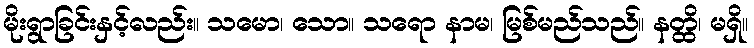
မိုးရွာခြင်းနှင့်လည်း။ သမော၊ သော။ သရော နာမ၊ မြစ်မည်သည်။ နတ္ထိ၊ မရှိ။